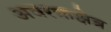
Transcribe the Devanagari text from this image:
अवरक्तक्षेत्र